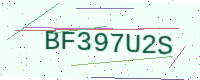
Text: BF397U2S